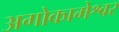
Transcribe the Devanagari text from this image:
अगोकामेश्वर